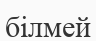
білмей